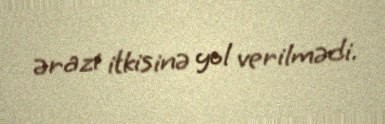
ərazi itkisinə yol verilmədi.